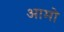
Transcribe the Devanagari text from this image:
आमो